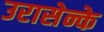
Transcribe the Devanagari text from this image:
उरासेन्के